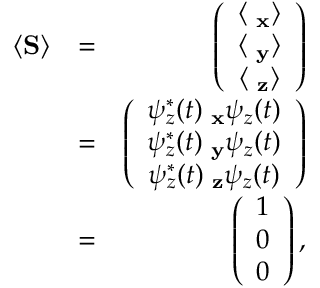
\begin{array} { r l r } { \langle { \bf S } \rangle } & { = } & { \left( \begin{array} { c } { \langle { \bf \sigma _ { x } } \rangle } \\ { \langle { \bf \sigma _ { y } } \rangle } \\ { \langle { \bf \sigma _ { z } } \rangle } \end{array} \right) } \\ & { = } & { \left( \begin{array} { c } { \psi _ { z } ^ { * } ( t ) { \bf \sigma _ { x } } \psi _ { z } ( t ) } \\ { \psi _ { z } ^ { * } ( t ) { \bf \sigma _ { y } } \psi _ { z } ( t ) } \\ { \psi _ { z } ^ { * } ( t ) { \bf \sigma _ { z } } \psi _ { z } ( t ) } \end{array} \right) } \\ & { = } & { \left( \begin{array} { c } { 1 } \\ { 0 } \\ { 0 } \end{array} \right) , } \end{array}